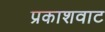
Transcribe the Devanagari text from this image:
प्रकाशवाट